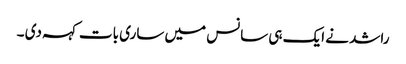
راشد نے ایک ہی سانس میں ساری بات کہہ دی ۔